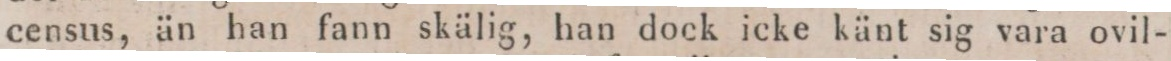
census, än han fann skälig, han dock icke känt sig vara ovil-